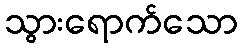
သွားရောက်သော